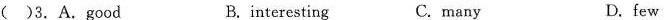
()3. A. Good B.interesting C.many D.few